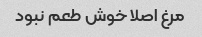
مرغ اصلا خوش طعم نبود